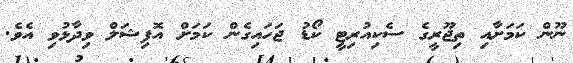
ނޫން ކަމަށާއި ތިޖޫރީގެ ސެކިއުރިޓީ ކޯޑު ޖަހައިގެން ކަމަށް އޮފިޝަލް ވިދާޅުވި އެވެ.